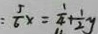
\frac { 5 } { 6 } x = \frac { 1 } { 4 } + \frac { 1 } { 2 } y